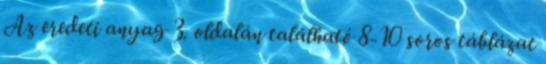
Az eredeti anyag 3. oldalán található 8-10 soros táblázat